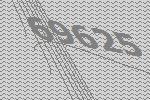
69625